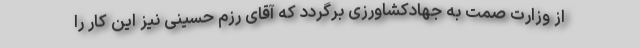
از وزارت صمت به جهادکشاورزی برگردد که آقای رزم حسینی نیز این کار را